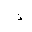
Letter: _thal